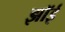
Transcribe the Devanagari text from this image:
झॉई